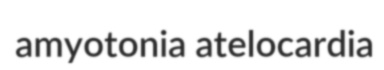
amyotonia atelocardia